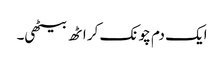
ایک دم چونک کر اٹھ بیٹھی۔